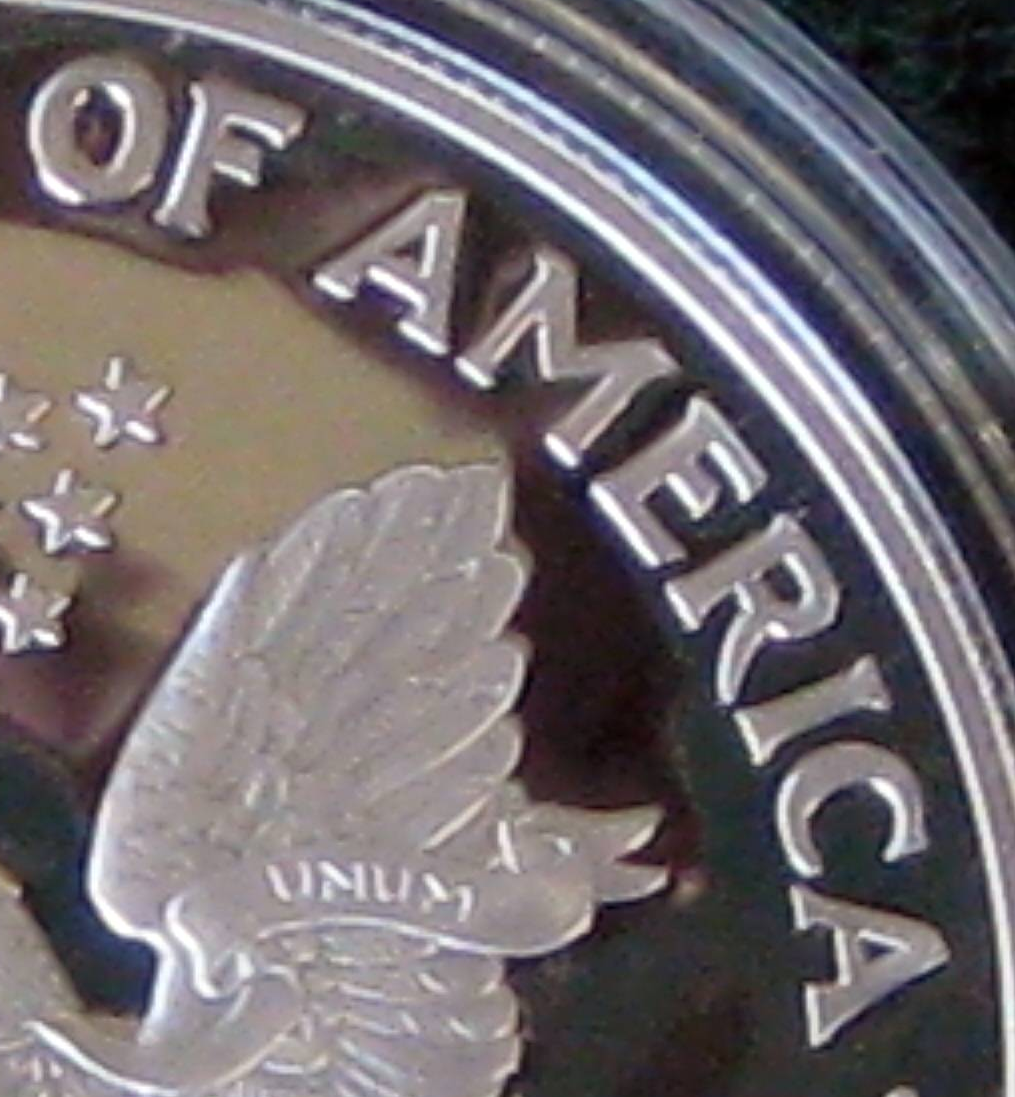
OF AMERICA